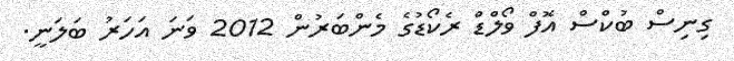
ގިނިސް ބުކްސް އޮފް ވޯލްޑް ރެކޯޑުގެ މެންބަރުން 2012 ވަނަ އަހަރު ބަލަނީ.